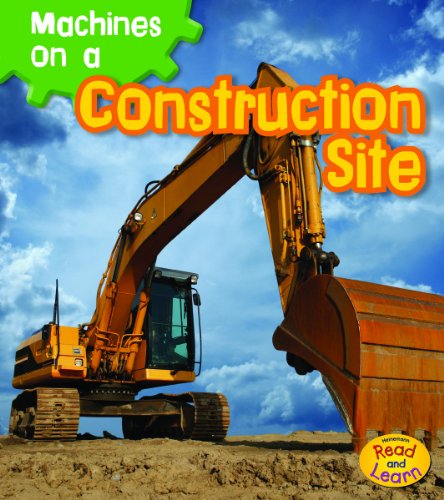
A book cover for Machines on a Construction Site (Machines At Work); Sian Smith; Children's Books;